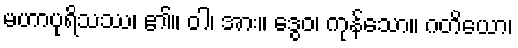
မဟာပုရိသဿ၊ ၏။ ဝါ၊ အား။ ဒွေဝ၊ ကုန်သော။ ဂတိယော၊